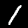
Digit: 1